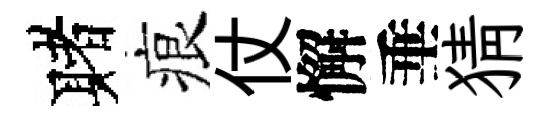
赌痕仗懈垂猜